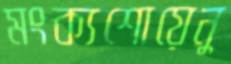
মংক্যশোয়েনু